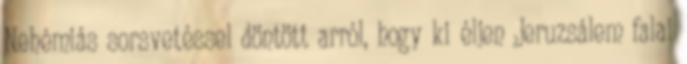
Nehémiás sorsvetéssel döntött arról, hogy ki éljen Jeruzsálem falai